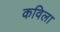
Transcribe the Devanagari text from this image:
कविला